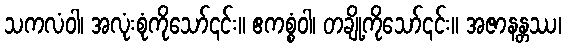
သကလံဝါ၊ အလုံးစုံကိုသော်၎င်း။ ဧကစ္စံဝါ၊ တချို့ကိုသော်၎င်း။ အဇာနန္တဿ၊